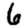
Digit: 6